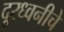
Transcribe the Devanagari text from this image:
दूरध्वनीचे